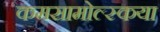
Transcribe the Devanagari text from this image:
कमसामोल्स्कया